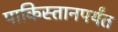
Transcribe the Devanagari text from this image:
पाकिस्तानपर्यंत